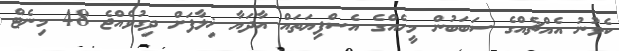
ކެވުނު އެއްޗެއްގެ ސަބަބުން މީހެއްގެ އެސްފިޔަތައް އާދަޔާ ޚިލާފަށް ދިގުވެއްޖެ 48 މިނެޓް